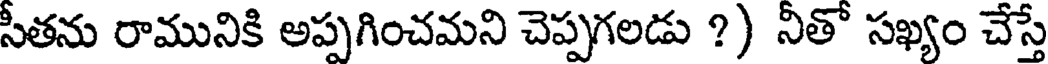
సీతను రామునికి అప్పగించమని చెప్పగలడు ?) నీతో సఖ్యం చేస్తే